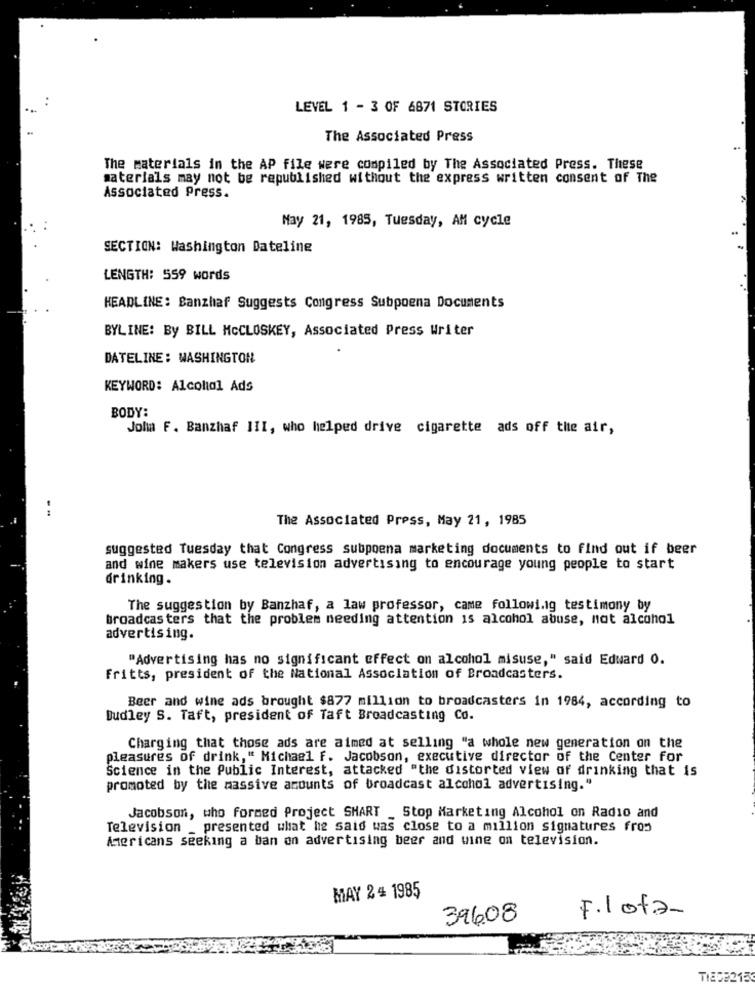
LEVEL 1 - 3 OF 6871 STORIES
The Associated Press
The materials in the AP file were compiled by The Associated Press. These
materials may not be republished without the express written consent of The
Associated Press.
May 21, 1985, Tuesday, AM cycle
SECTION: Washington Dateline
LENGTH: 559 words
HEADLINE: Banzhaf Suggests Congress Subpoena Documents
BYLINE: By BILL MCCLOSKEY, Associated Press Writer
DATELINE: WASHINGTON
KEYWORD: Alcohol Ads
BODY:
John F. Banzhaf III, who helped drive cigarette ads off the air,
The Associated Press, May 21, 1985
suggested Tuesday that Congress subpoena marketing documents to find out if beer
and wine makers use television advertising to encourage young people to start
drinking.
The suggestion by Banzhaf, a law professor, came followi.ig testimony by
broadcasters that the problem needing attention is alcohol abuse, not alcohol
advertising.
"Advertising has no significant effect on alcohol misuse," said Edward 0.
Fritts, president of the National Association of Broadcasters.
Beer and wine ads brought $877 million to broadcasters in 1984, according to
Dudley S. Taft, president of Taft Broadcasting Co.
Charging that those ads are aimed at selling "a whole new generation on the
pleasures of drink," Michael F. Jacobson, executive director of the Center for
Science in the Public Interest, attacked "the distorted view of drinking that is
promoted by the massive amounts of broadcast alcohol advertising."
Jacobson, who formed Project SHART _ Stop Marketing Alcohol on Radio and
Television _ presented what he said was close to a million signatures fros
Americans seeking a ban on advertising beer and wine on television.
MAY 2 4 1985
39608
F.1 of2-
TIEDE2153